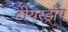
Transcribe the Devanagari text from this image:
टीयरड्रॉप